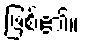
ဖြစ်၏။